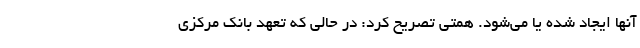
آنها ایجاد شده یا می‌شود. همتی تصریح کرد: در حالی که تعهد بانک مرکزی